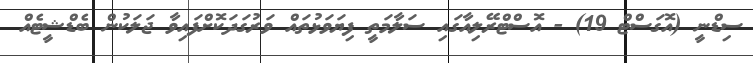
ސިޑްނީ (އޮގަސްޓް 19) - އޮސްޓްރޭލިއާގައި ސަލާމަތީ ފިޔަވަޅުތައް ވަރުގަދަކޮށްފައިވާ ޖަލަކުން ބެޑްޝީޓެއް